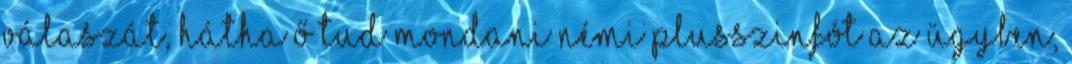
válaszát, hátha ő tud mondani némi plusszinfót az ügyben,